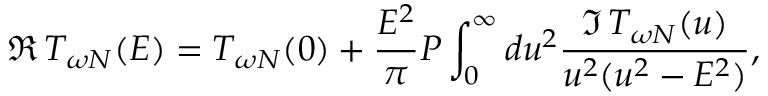
\Re \, T _ { \omega N } ( E ) = T _ { \omega N } ( 0 ) + \frac { E ^ { 2 } } { \pi } { \cal P } \int _ { 0 } ^ { \infty } d u ^ { 2 } \frac { \Im \, T _ { \omega N } ( u ) } { u ^ { 2 } ( u ^ { 2 } - E ^ { 2 } ) } ,